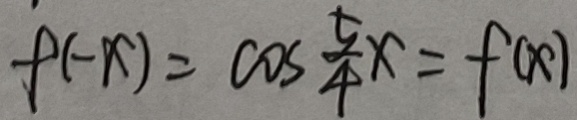
f ( - x ) = \cos \frac { 5 } { 4 } x = f ( x )